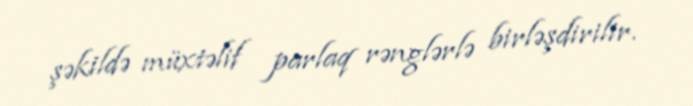
şəkildə müxtəlif parlaq rənglərlə birləşdirilir.